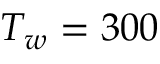
T _ { w } = 3 0 0